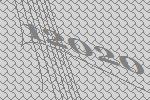
12020